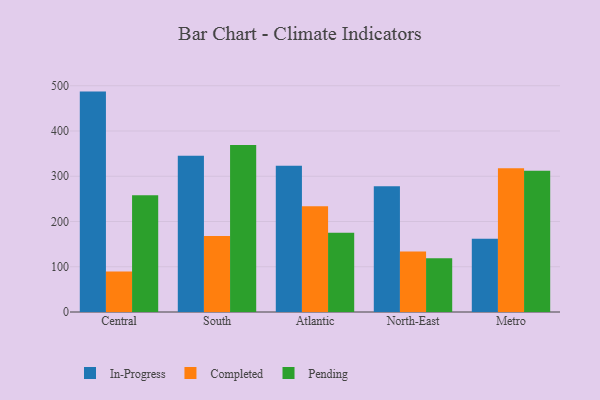
{"axis": {"x": "Region", "y": "Demand Index"}, "legend": ["Completed", "In-Progress", "Pending"], "data": [{"x": "Central", "y": 487.1, "type": "In-Progress"}, {"x": "Central", "y": 89.3, "type": "Completed"}, {"x": "Central", "y": 257.8, "type": "Pending"}, {"x": "South", "y": 345.1, "type": "In-Progress"}, {"x": "South", "y": 167.9, "type": "Completed"}, {"x": "South", "y": 368.9, "type": "Pending"}, {"x": "Atlantic", "y": 323.1, "type": "In-Progress"}, {"x": "Atlantic", "y": 233.9, "type": "Completed"}, {"x": "Atlantic", "y": 175.2, "type": "Pending"}, {"x": "North-East", "y": 277.9, "type": "In-Progress"}, {"x": "North-East", "y": 133.5, "type": "Completed"}, {"x": "North-East", "y": 118.6, "type": "Pending"}, {"x": "Metro", "y": 161.7, "type": "In-Progress"}, {"x": "Metro", "y": 317.9, "type": "Completed"}, {"x": "Metro", "y": 311.9, "type": "Pending"}]}